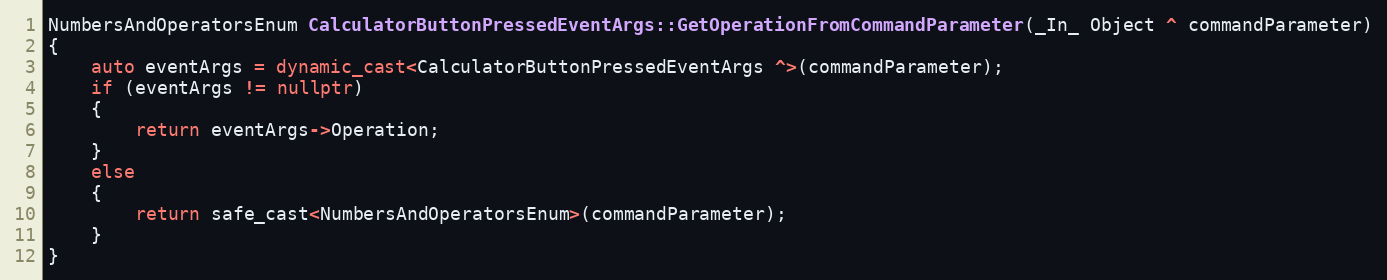
Language: C++
NumbersAndOperatorsEnum CalculatorButtonPressedEventArgs::GetOperationFromCommandParameter(_In_ Object ^ commandParameter)
{
    auto eventArgs = dynamic_cast<CalculatorButtonPressedEventArgs ^>(commandParameter);
    if (eventArgs != nullptr)
    {
        return eventArgs->Operation;
    }
    else
    {
        return safe_cast<NumbersAndOperatorsEnum>(commandParameter);
    }
}